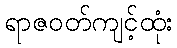
ရာဇဝတ်ကျင့်ထုံး